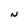
Character: N